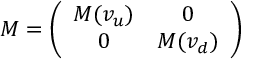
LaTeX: \quad M = \left( \begin{array} { c c } { { M ( v _ { u } ) } } & { { 0 } } \\ { { 0 } } & { { M ( v _ { d } ) } } \end{array} \right) \,